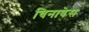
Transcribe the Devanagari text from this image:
चिनाबेस